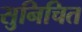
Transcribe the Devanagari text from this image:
सुनिचित